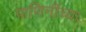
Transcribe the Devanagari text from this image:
पाणिनींच्या